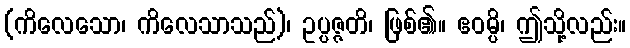
(ကိလေသော၊ ကိလေသာသည်)၊ ဥပ္ပဇ္ဇတိ၊ ဖြစ်၏။ ဧဝမ္ပိ၊ ဤသို့လည်း။